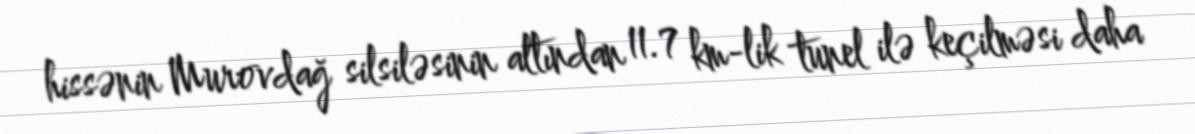
hissənin Murovdağ silsiləsinin altından 11.7 km-lik tunel ilə keçilməsi daha